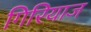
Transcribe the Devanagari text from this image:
गिरियाज